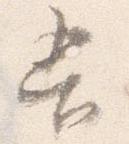
吾